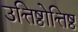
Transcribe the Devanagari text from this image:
उत्तिष्ठोत्तिष्ठ